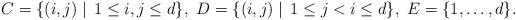
LaTeX: \begin{align*}C=\{(i, j)\mid \,1\leq i,j\leq d\}, \ D=\{(i, j) \mid \,1\leq j<i\leq d\}, \ E=\{1,\ldots, d\}.\end{align*}